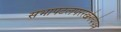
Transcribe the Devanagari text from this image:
सभापटलपररखेगयेपत्र